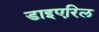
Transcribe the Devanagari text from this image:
डाइएरिल